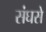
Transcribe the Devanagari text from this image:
संघसे